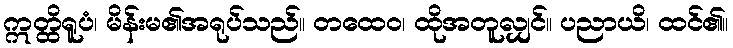
ဣတ္ထိရူပံ၊ မိန်းမ၏အရုပ်သည်။ တထေဝ၊ ထိုအတူလျှင်။ ပညာယိ၊ ထင်၏။